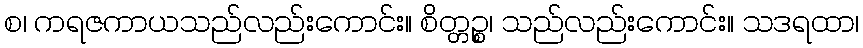
စ၊ ကရဇကာယသည်လည်းကောင်း။ စိတ္တဉ္စ၊ သည်လည်းကောင်း။ သဒရထာ၊